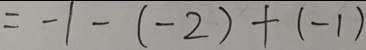
= - 1 - ( - 2 ) + ( - 1 )